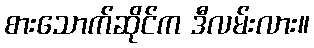
စားသောက်ဆိုင်က ဒီလမ်းလား။